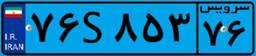
۷۶S۸۵۳۷۶